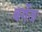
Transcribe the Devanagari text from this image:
बर्गेज